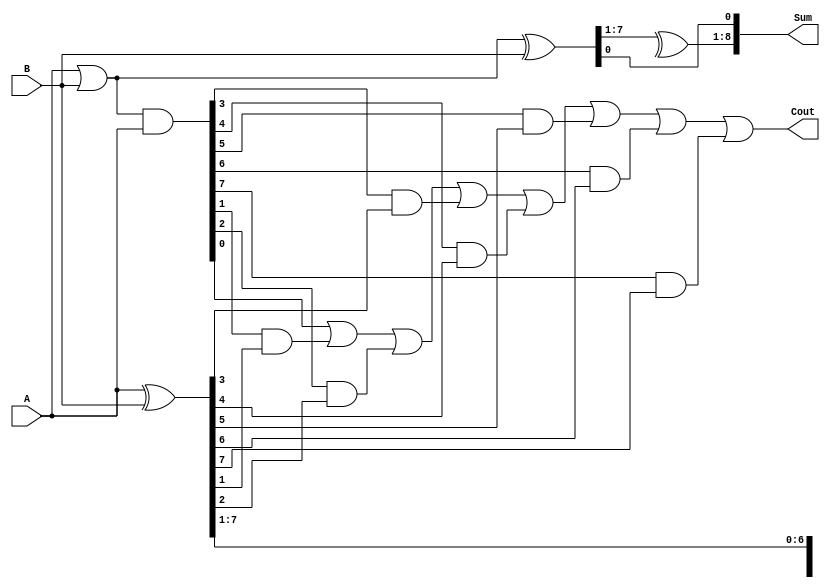
module BrentKungAdder8 (
    input [7:0] A,
    input [7:0] B,
    output [8:0] Sum,
    output Cout
);

    // Internal wires for Brent Kung adder
    wire [7:0] X, Y, Z;
    wire [8:0] P, G;

    // Generate P and G for each bit
    assign X = A ^ B;
    assign Y = A & B;
    assign Z = A | B;
    assign P = Z ^ B;
    assign G = Z & A;

    // Generate Sum
    assign Sum[0] = P[0];
    assign Sum[1:8] = P[1:8] ^ X[1:8];

    // Generate Cout
    assign Cout = G[0] | (G[1] & X[1]) | (G[2] & X[2]) | (G[3] & X[3]) | (G[4] & X[4]) | (G[5] & X[5]) | (G[6] & X[6]) | (G[7] & X[7]) | (G[8] & X[8]);

endmodule